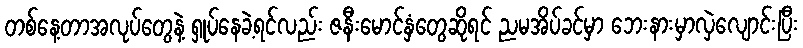
တစ်နေ့တာအလုပ်တွေနဲ့ ရှုပ်နေခဲ့ရင်လည်း ဇနီးမောင်နှံတွေဆိုရင် ညမအိပ်ခင်မှာ ဘေးနားမှာလှဲလျောင်းပြီး